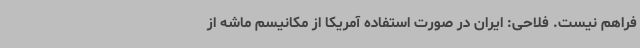
فراهم نیست. فلاحی: ایران در صورت استفاده آمریکا از مکانیسم ماشه از